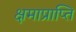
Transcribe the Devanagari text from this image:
क्षमाप्राप्ति